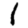
Digit: 1